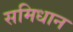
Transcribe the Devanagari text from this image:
समिधान